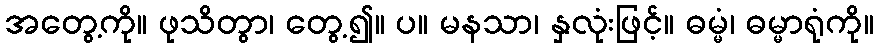
အတွေ့ကို။ ဖုသိတွာ၊ တွေ့၍။ ပ။ မနသာ၊ နှလုံးဖြင့်။ ဓမ္မံ၊ ဓမ္မာရုံကို။